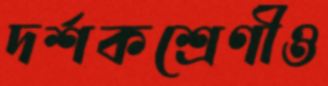
দর্শকশ্রেণীও